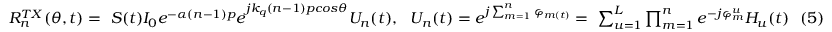
\begin{array} { r } { R _ { n } ^ { T X } ( \theta , t ) = \ S ( t ) { I _ { 0 } e ^ { - \alpha ( n - 1 ) p } e } ^ { j k _ { q } ( n - 1 ) p c o s \theta } U _ { n } ( t ) , \ \ { U _ { n } ( t ) = e } ^ { j \sum _ { m = 1 } ^ { n } \varphi _ { m ( t ) } } = \ \sum _ { u = 1 } ^ { L } { \prod _ { m = 1 } ^ { n } e ^ { - j \varphi _ { m } ^ { u } } H _ { u } ( t ) } \ \ ( 5 ) } \end{array}